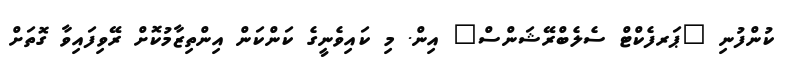
ކުންފުނި "ޕަރފެކްޓް ސެލެބްރޭޝަންސް" އިން. މި ކައިވެނީގެ ކަންކަން އިންތިޒާމުކޮށް ރޭވިފައިވާ ގޮތަށް